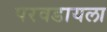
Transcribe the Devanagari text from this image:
परवडायला